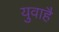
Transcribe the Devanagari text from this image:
युवाहै